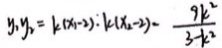
y _ { 1 } y _ { 2 } = k ( x _ { 1 } - 2 ) : k ( x _ { 2 } - 2 ) - \frac { 9 k ^ { 2 } } { 3 - k ^ { 2 } }